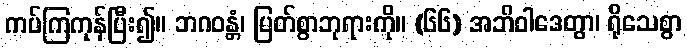
ကပ်ကြကုန်ပြီး၍။ ဘဂဝန္တံ၊ မြတ်စွာဘုရားကို။ (၆၆) အဘိဝါဒေတွာ၊ ရိုသေစွာ